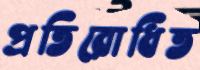
প্রতিরোধিত